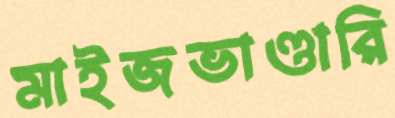
মাইজভাণ্ডারি